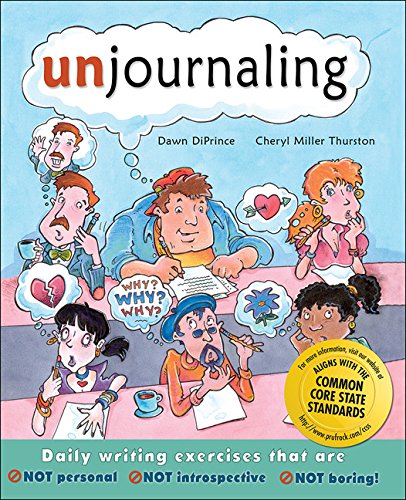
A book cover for Unjournaling: Daily Writing Exercises That Are Not Personal, Not Introspective, Not Boring!; Cheryl Miller Thurston; Teen & Young Adult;